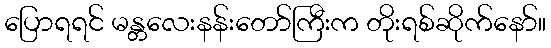
ပြောရရင် မန္တလေးနန်းတော်ကြီးက တိုးရစ်ဆိုက်နော်။